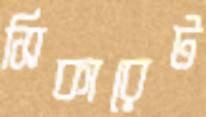
সিকারেট